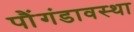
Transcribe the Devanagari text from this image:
पौंगंडावस्था